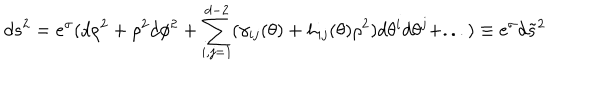
LaTeX: d s ^ { 2 } = e ^ { \sigma } ( d \rho ^ { 2 } + \rho ^ { 2 } d \phi ^ { 2 } + \sum _ { i , j = 1 } ^ { d - 2 } ( \gamma _ { i j } ( \theta ) + h _ { i j } ( \theta ) \rho ^ { 2 } ) d \theta ^ { i } d \theta ^ { j } + . . . ) \equiv e ^ { \sigma } d \tilde { s } ^ { 2 }